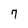
Character: 7